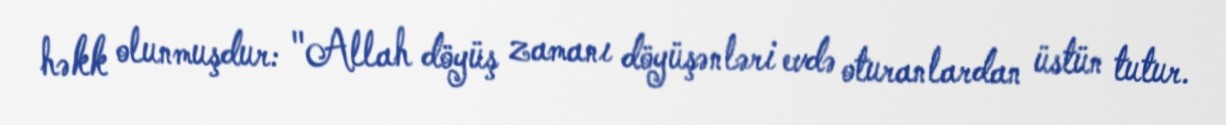
həkk olunmuşdur: "Allah döyüş zamanı döyüşənləri evdə oturanlardan üstün tutur.